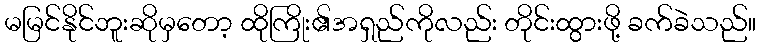
မမြင်နိုင်ဘူးဆိုမှတော့ ထိုကြိုး၏အရှည်ကိုလည်း တိုင်းထွားဖို့ ခက်ခဲသည်။